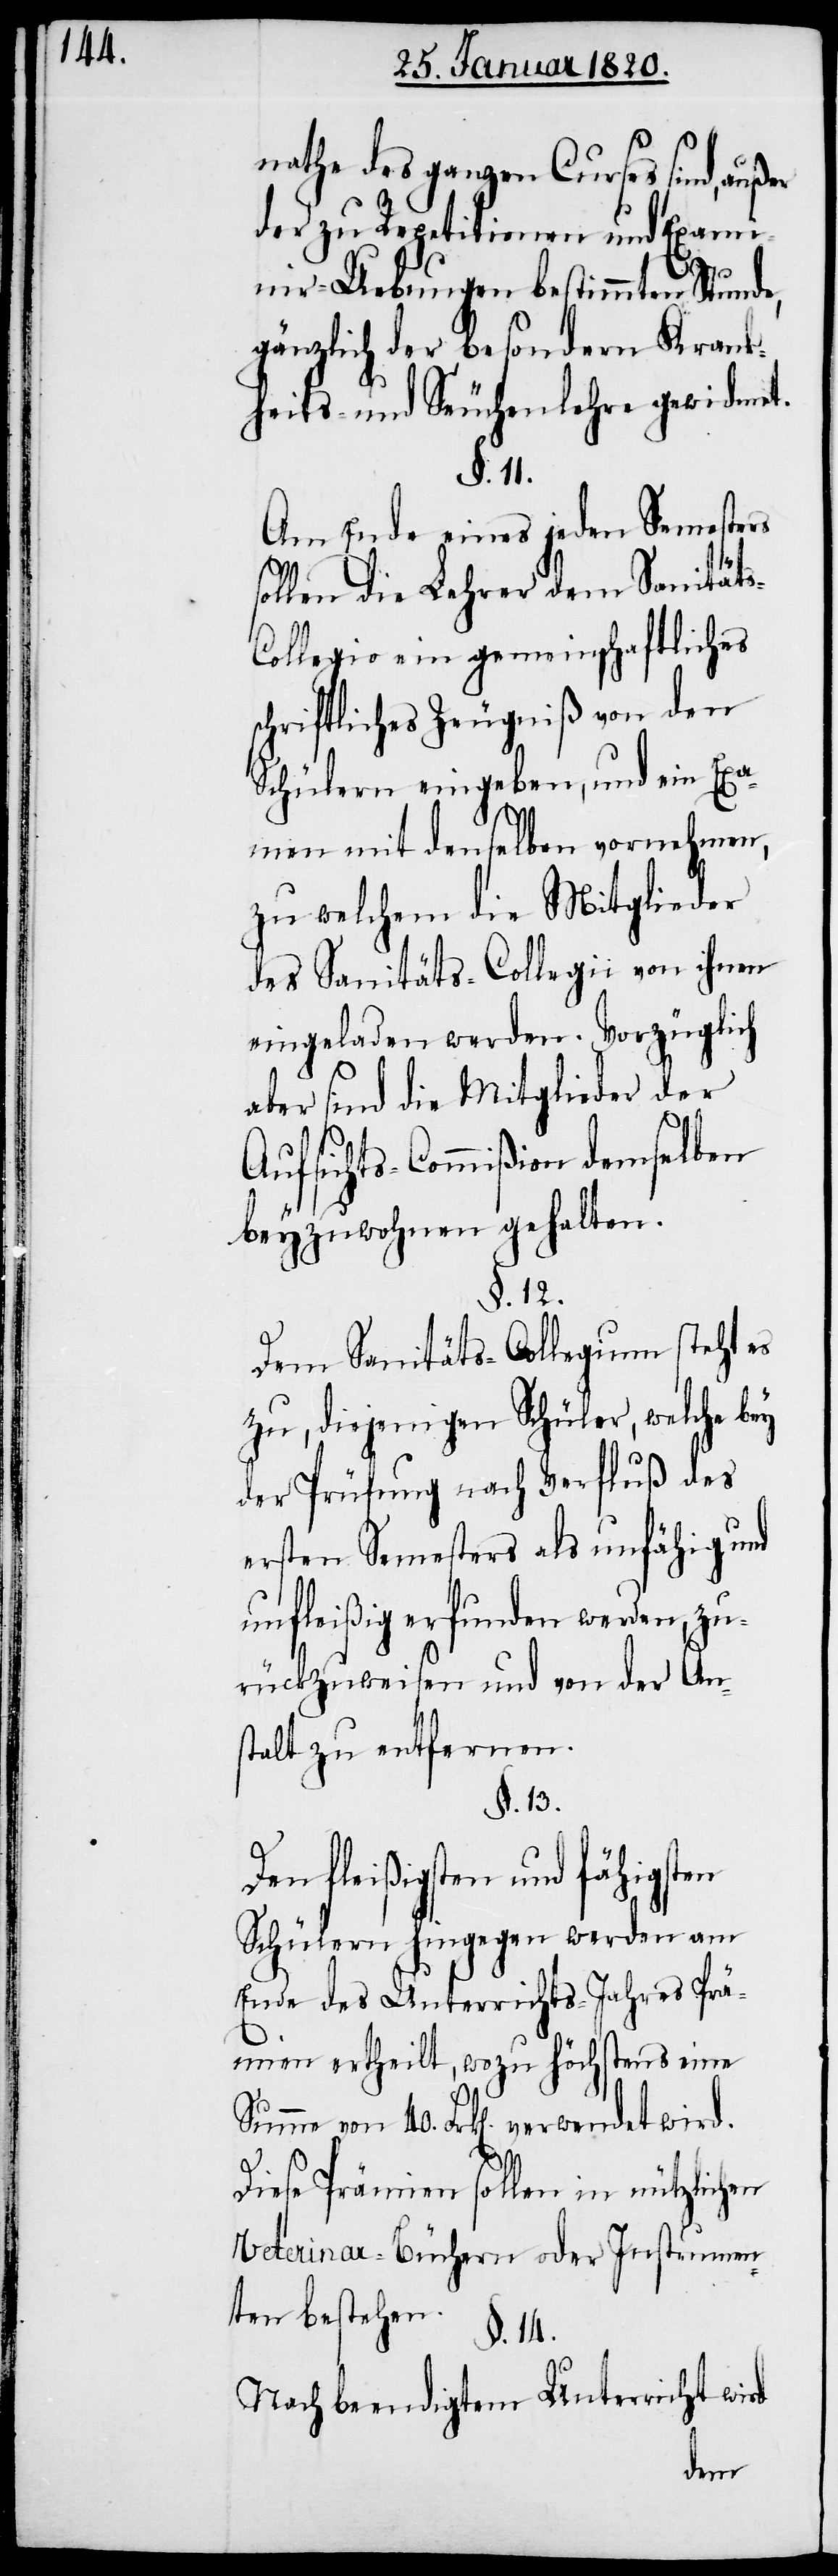
nathe des ganzen Curses sind, außer
der zu Repetitionen und Exam¬
inir-Uebungen bestimmten Stunde,
gänzlich der besondern Krank¬
heits- und Seuchenlehre gewidmet.
§. 11.
Am Ende eines jeden Semesters
sollen die Lehrer dem Sanitäts-C¬
ollegio ein gemeinschaftliches
schriftliches Zeugniß von den
Schülern eingeben, und ein Exa¬
men mit denselben vornehmen,
zu welchem die Mitglieder
des Sanitäts-Collegii von ihnen
eingeladen werden. Vorzüglich
aber sind die Mitglieder der
Aufsichts-Commißion demselben
beyzuwohnen gehalten.
§. 12.
Dem Sanitäts-Collegium steht es
zu, diejenigen Schüler, welche bey
der Prüfung nach Verfluß des
ersten Semesters als unfähig und
unfleißig erfunden werden, zu¬
rückzuweisen und von der An¬
stalt zu entfernen.
§. 13.
Den fleißigsten und fähigsten
Schülern hingegen werden am
Ende des Unterrichts-Jahres Prä¬
mien ertheilt, wozu höchstens eine
40.
Diese Prämien sollen in nützlichen
Veterinar-Büchern oder Instrumen¬
ten bestehen.
§. 14.
Nach beendigtem Unterricht wird